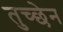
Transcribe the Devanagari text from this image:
तुच्छेन